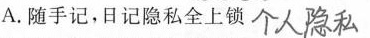
A.随手记，日记隐私全上锁 ##个人隐私##